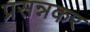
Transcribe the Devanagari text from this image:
प्रसन्नकर